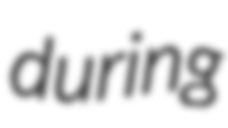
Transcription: during